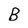
Character: B